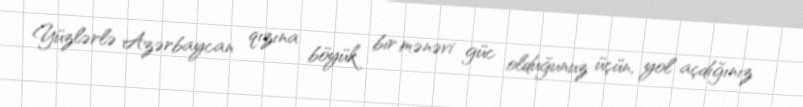
Yüzlərlə Azərbaycan qızına böyük bir mənəvi güc olduğunuz üçün, yol açdığınız